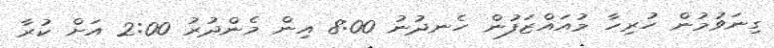
ގިނަވުމުން ހުރިހާ މުއައްޒަފުން ހެނދުނު 8:00 އިން މެންދުރު 2:00 އަށް ކުރާ